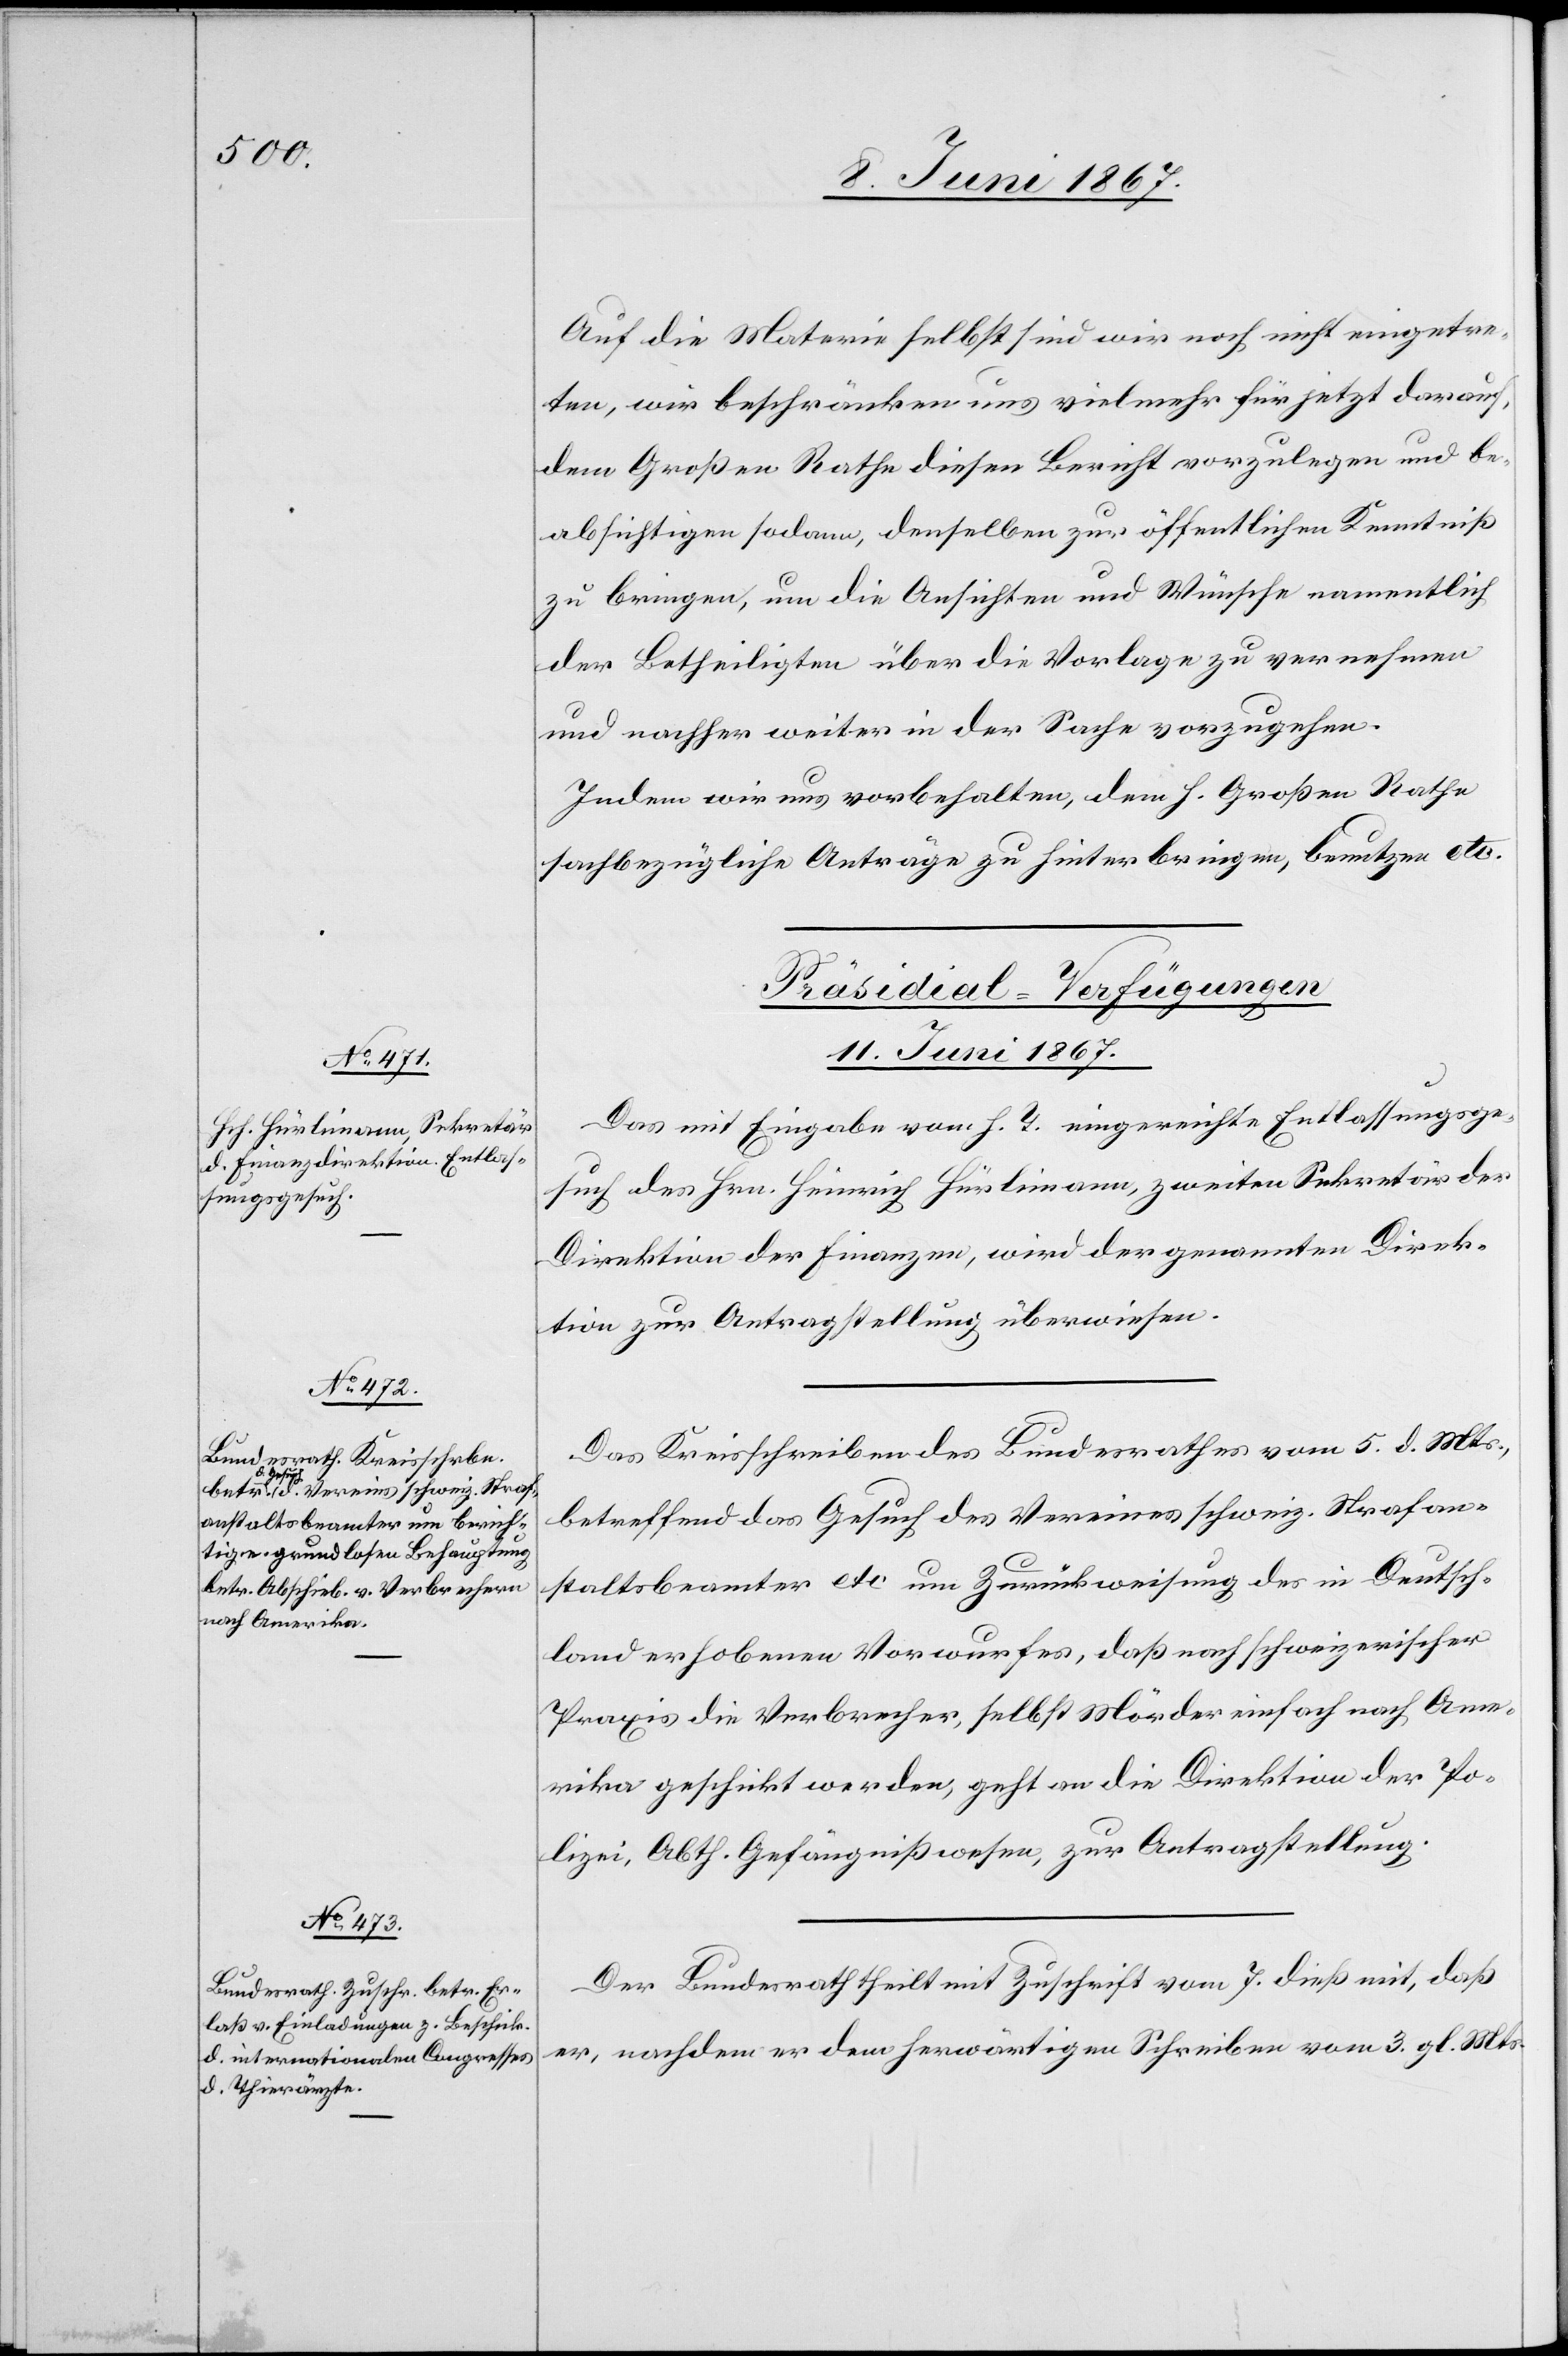
Auf die Materie selbst sind wir noch nicht eingetre¬
ten, wir beschränken uns vielmehr für jetzt darauf,
dem Großen Rathe diesen Bericht vorzulegen und be¬
absichtigen sodann, denselben zur öffentlichen Kenntniß
zu bringen, um die Ansichten und Wünsche namentlich
der Betheiligten über die Vorlage zu vernehmen
und nachher weiter in der Sache vorzugehen.
Indem wir uns vorbehalten, dem h. Großen Rathe
sachbezügliche Anträge zu hinterbringen, benutzen etc.
[Präsidial-Verfügungen
11. Juni 1867.]
Das mit Eingabe vom h. T. eingereichte Entlassungsge¬
such des Hrn. Heinrich Hürlimann, zweiten Sekretär der
Direktion der Finanzen, wird der genannten Direk¬
tion zur Antragstellung überwiesen.
Das Kreisschreiben des Bundesrathes vom 5. d. Mts.,
betreffend das Gesuch des Vereines schweiz. Strafan¬
stalten etc. um Zurückweisung des in Deutsch¬
land erhobenen Vorwurfes, daß nach schweizerischer
Praxis die Verbrecher, selbst Mörder einfach nach Ame¬
rika geschickt werden, geht an die Direktion der Po¬
lizei, Abth. Gefängnißwesen, zur Antragstellung.
Der Bundesrath theilt mit Zuschrift vom 7. dieß mit, daß
er, nachdem er dem herwärtigen Schreiben vom 3. gl. Mts.